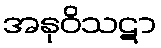
အနုဝိသဋာ